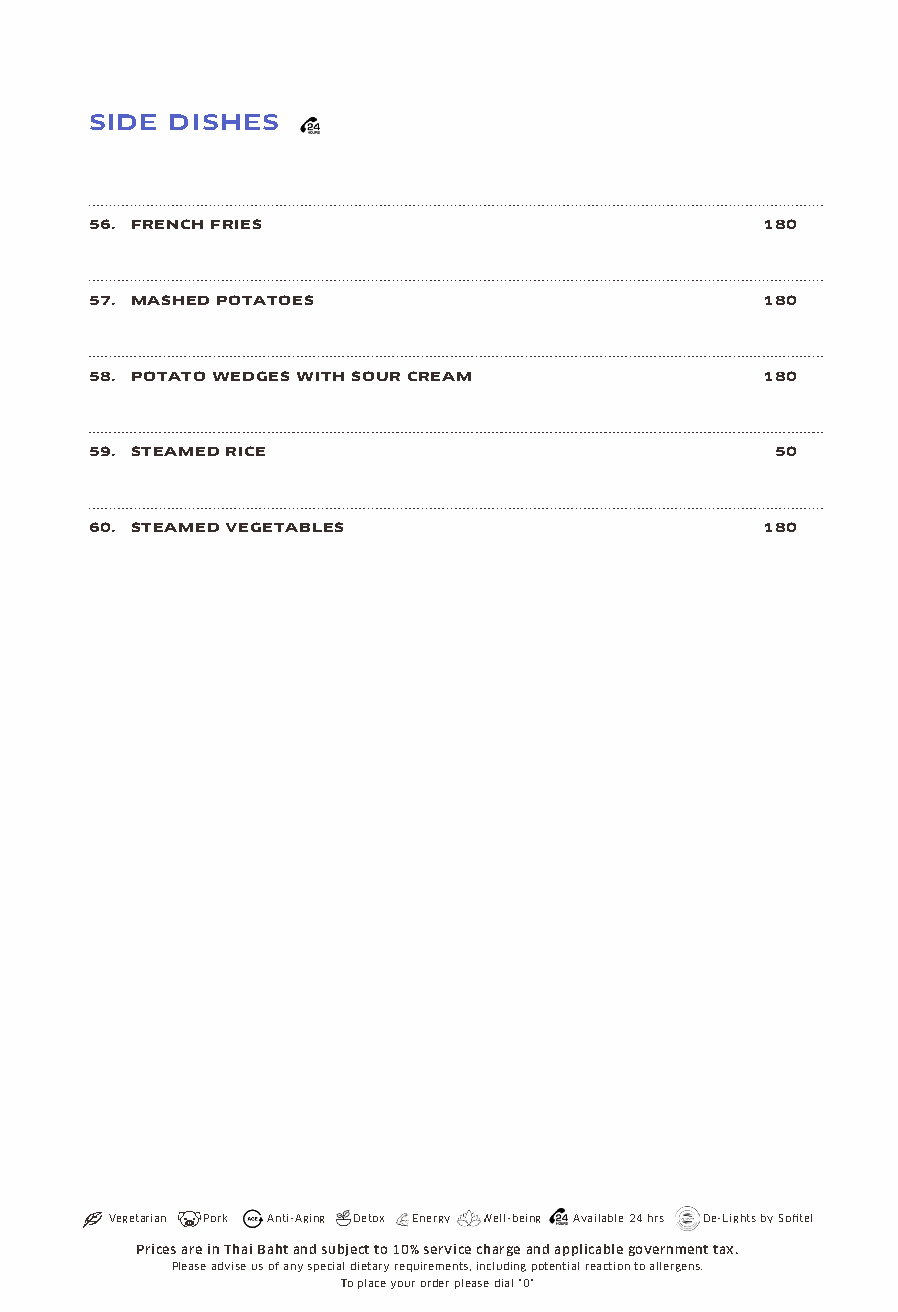
SIDE DISHES
 56. FRENCH FRIES                            180
 57. MASHED POTATOES                         180
 58. POTATO WEDGES WITH SOUR CREAM           180
 59. STEAMED RICE                             50
 60. STEAMED VEGETABLES                      180
 Vegetarian Pork Anti-Aging Detox Energy Well-being Available 24 hrs De-Lights by Sofitel
 Prices are in Thai Baht and subject to 10% service charge and applicable government tax.
 Please advise us of any special dietary requirements, including potential reaction to allergens.
 To place your order please dial "0"